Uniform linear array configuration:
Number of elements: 48
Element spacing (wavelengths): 1
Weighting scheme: cosine
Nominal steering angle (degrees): -30
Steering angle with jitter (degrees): -28.997
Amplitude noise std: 0.05
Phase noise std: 0.05

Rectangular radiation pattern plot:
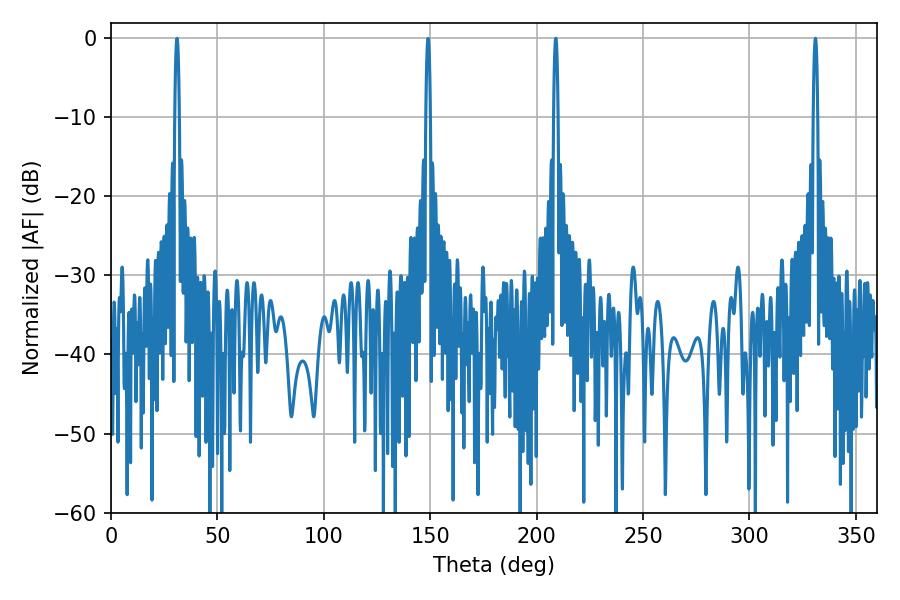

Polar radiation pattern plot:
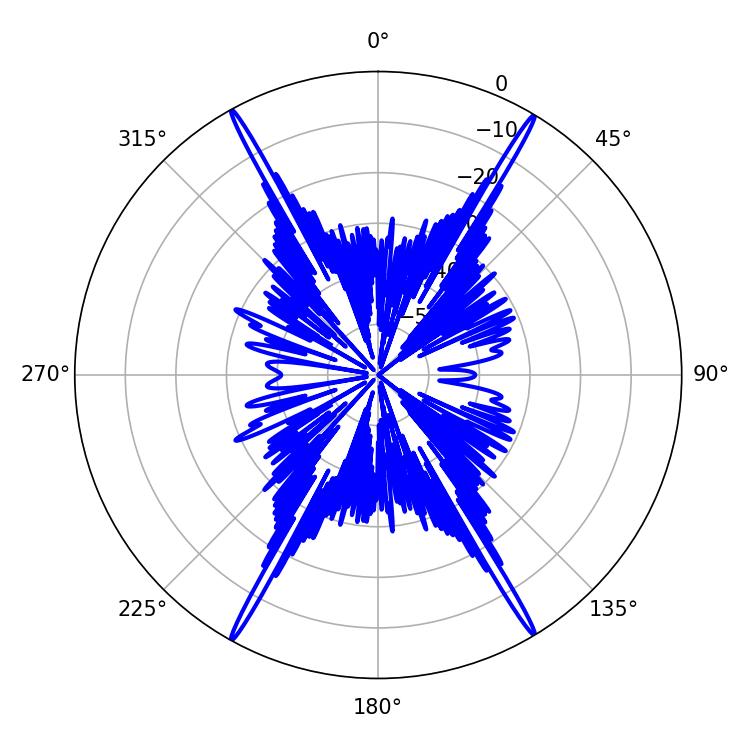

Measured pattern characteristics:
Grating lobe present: TRUE
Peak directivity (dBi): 30.076
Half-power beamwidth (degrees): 1.08
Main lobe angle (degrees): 208.98